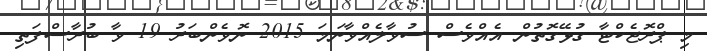
މި ޕްރޮޖެކްޓާ ގުޅޭގޮތުން އެއްވެސް ސުވާލެއްވާނަމަ 2015 ނޮވެންބަރު 19 ވާ ބުރާސްފަތި